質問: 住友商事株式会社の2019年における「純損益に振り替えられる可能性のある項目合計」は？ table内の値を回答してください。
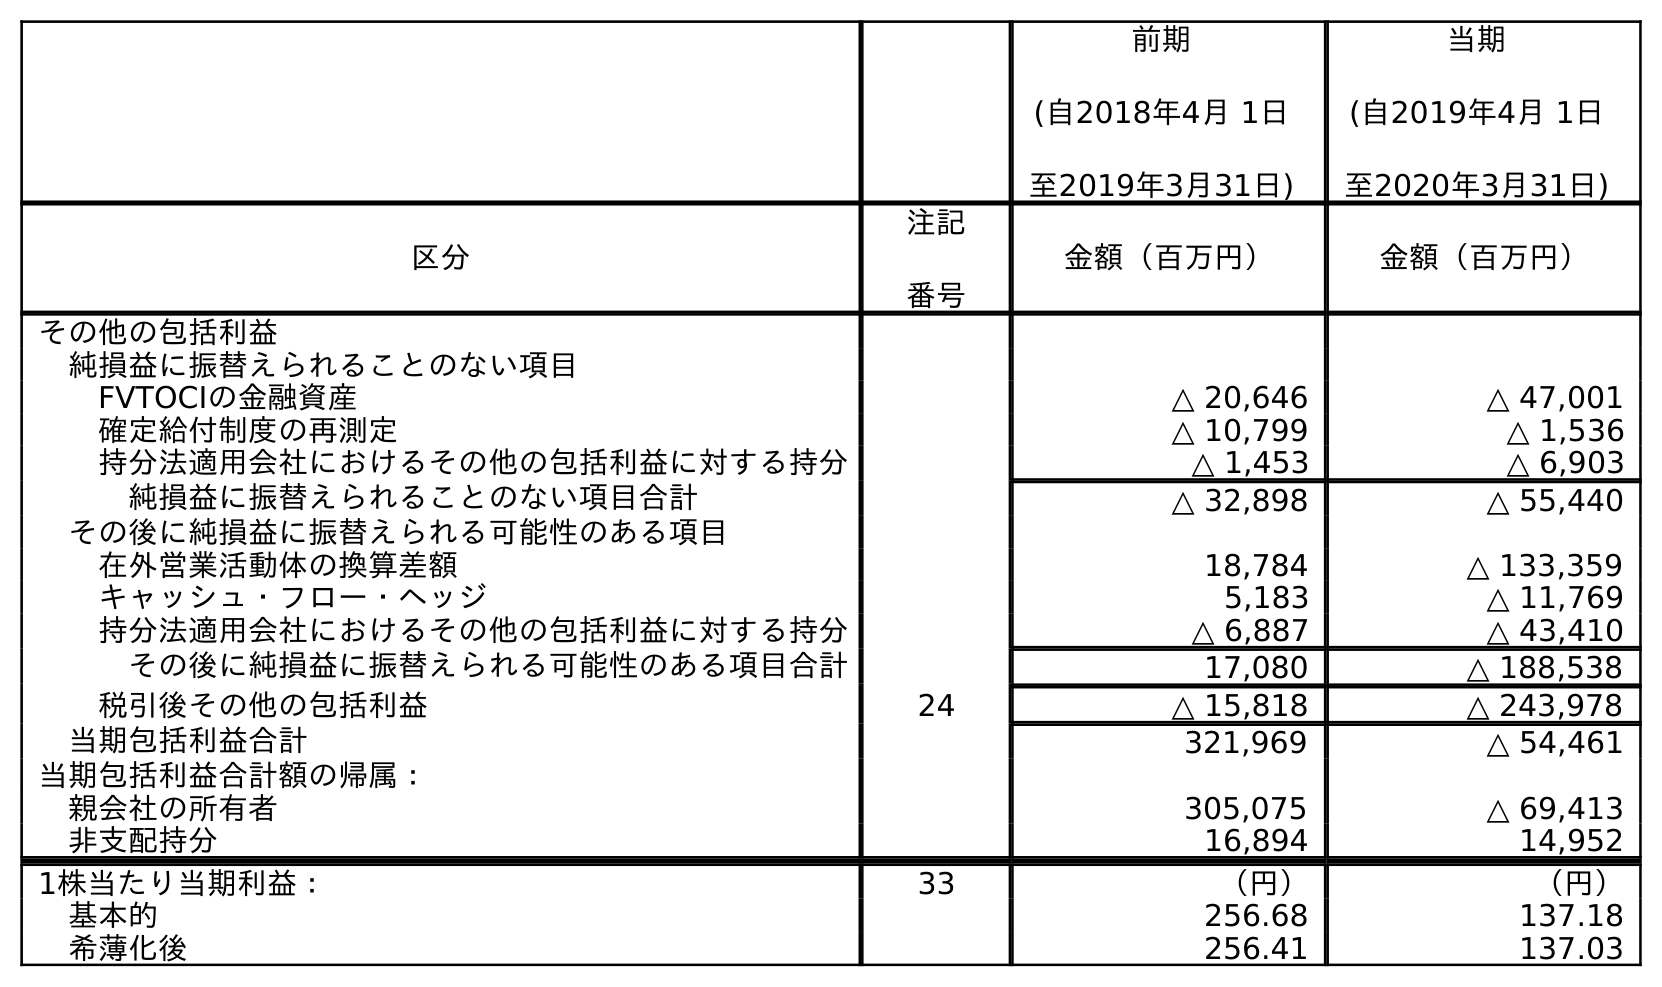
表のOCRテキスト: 前期 (自2018年4月 1日 至2019年3月31日) 当期 (自2019年4月 1日 至2020年3月31日) 区分 注記 番号 金額（百万円） 金額（百万円） その他の包括利益 純損益に振替えられることのない項目 FVTOCIの金融資産 △ 20,646 △ 47,001 確定給付制度の再測定 △ 10,799 △ 1,536 持分法適用会社におけるその他の包括利益に対する持分 △ 1,453 △ 6,903 純損益に振替えられることのない項目合計 △ 32,898 △ 55,440 その後に純損益に振替えられる可能性のある項目 在外営業活動体の換算差額 18,784 △ 133,359 キャッシュ・フロー・ヘッジ 5,183 △ 11,769 持分法適用会社におけるその他の包括利益に対する持分 △ 6,887 △ 43,410 その後に純損益に振替えられる可能性のある項目合計 17,080 △ 188,538 税引後その他の包括利益 24 △ 15,818 △ 243,978 当期包括利益合計 321,969 △ 54,461 当期包括利益合計額の帰属： 親会社の所有者 305,075 △ 69,413 非支配持分 16,894 14,952 1株当たり当期利益： 33 （円） （円） 基本的 256.68 137.18 希薄化後 256.41 137.03
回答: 17,080